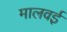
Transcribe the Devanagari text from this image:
मालवई